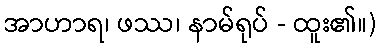
အာဟာရ၊ ဖဿ၊ နာမ်ရုပ် - ထူး၏။)